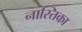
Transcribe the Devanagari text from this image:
नास्तिका